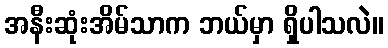
အနီးဆုံးအိမ်သာက ဘယ်မှာ ရှိပါသလဲ။